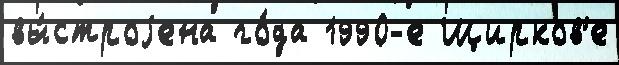
вы́строjена го́да 1990-е Щирков'е